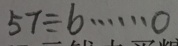
5 7 \div b \cdots 0